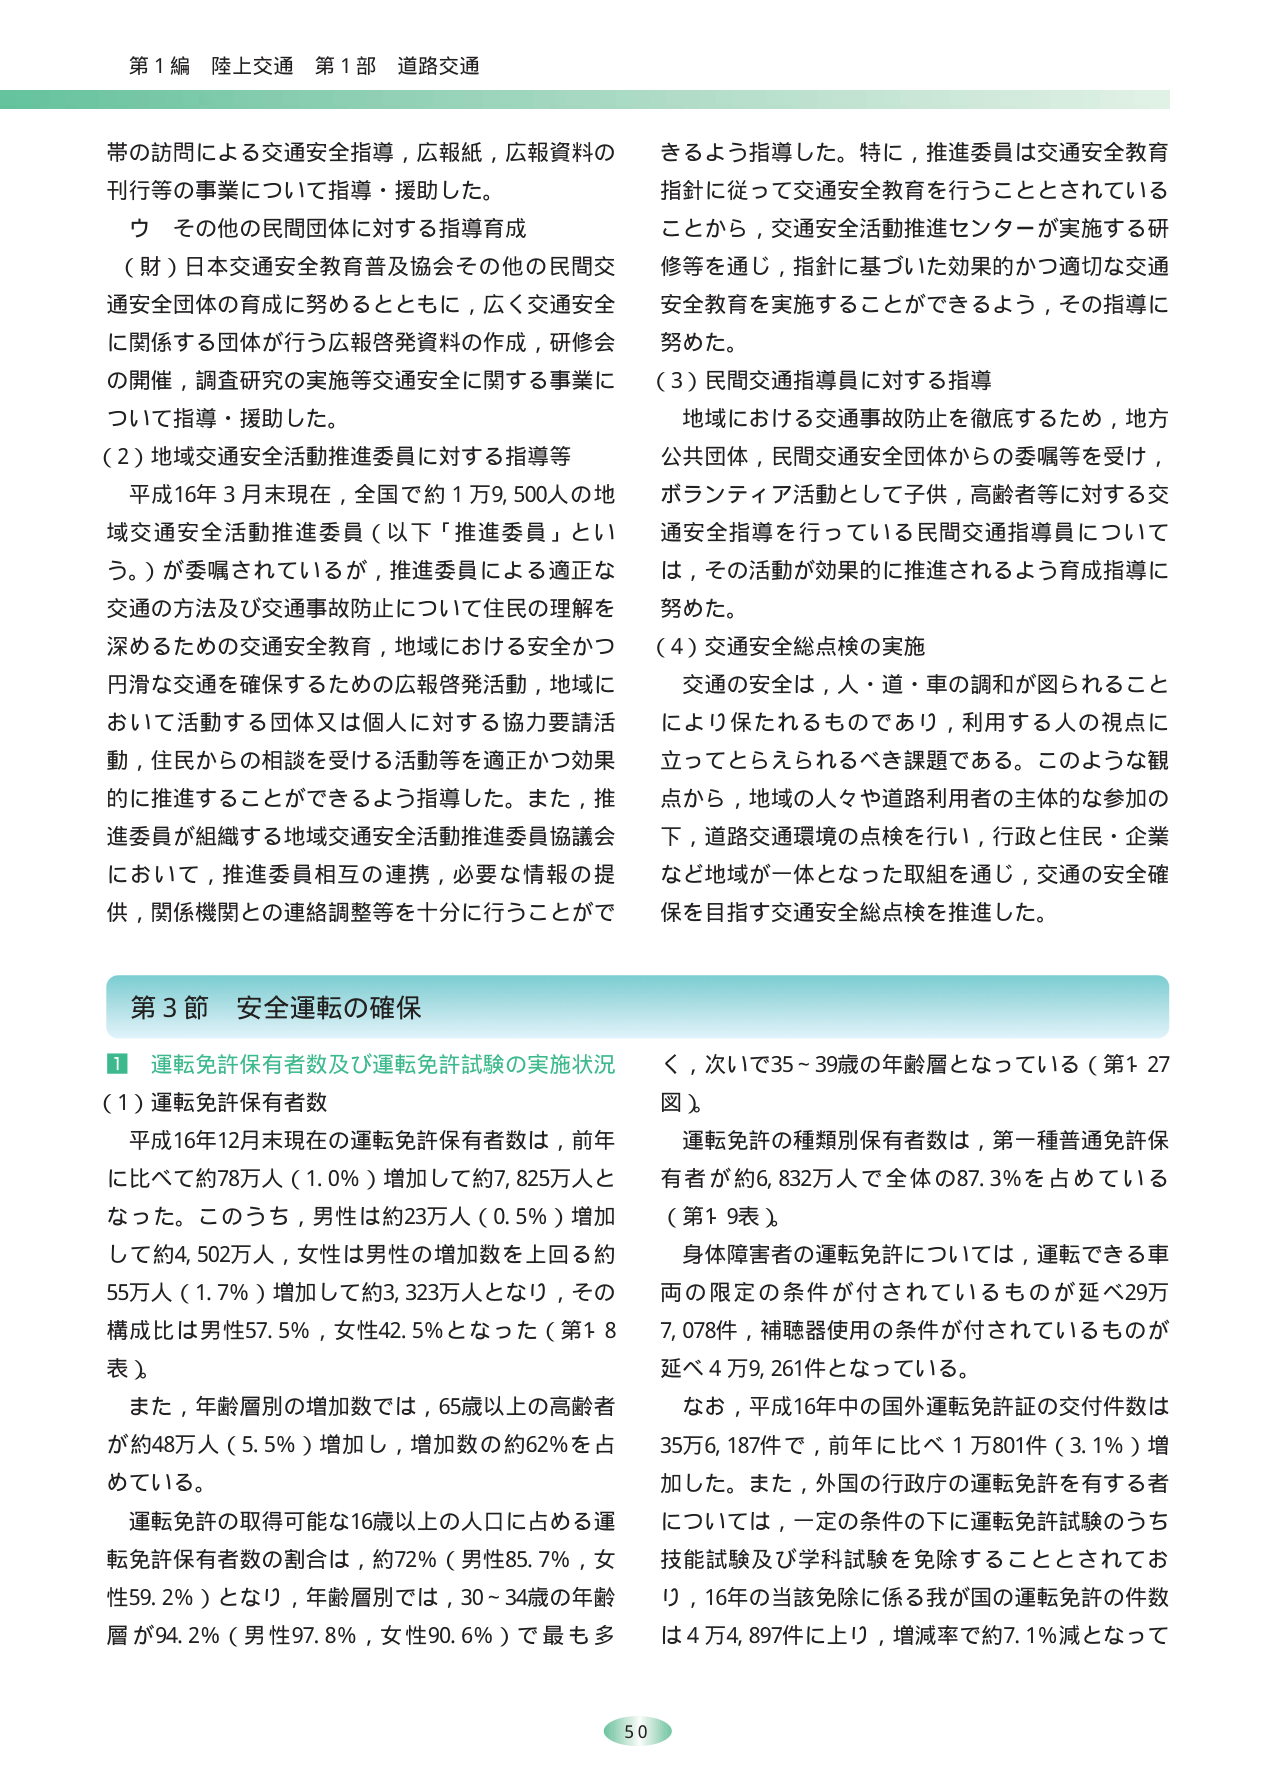
第１編 陸上交通 第１部 道路交通

帯の訪問による交通安全指導，広報紙，広報資料の
刊行等の事業について指導・援助した。
ウ その他の民間団体に対する指導育成
（財）日本交通安全教育普及協会その他の民間交
通安全団体の育成に努めるとともに，広く交通安全
に関係する団体が行う広報啓発資料の作成，研修会
の開催，調査研究の実施等交通安全に関する事業に
ついて指導・援助した。
（2）地域交通安全活動推進委員に対する指導等
平成16年3月末現在，全国で約1万9,500人の地
域交通安全活動推進委員（以下「推進委員」とい
う。）が委嘱されているが，推進委員による適正な
交通の方法及び交通事故防止について住民の理解を
深めるための交通安全教育，地域における安全かつ
円滑な交通を確保するための広報啓発活動，地域に
おいて活動する団体又は個人に対する協力要請活
動，住民からの相談を受ける活動等を適正かつ効果
的に推進することができるよう指導した。また，推
進委員が組織する地域交通安全活動推進委員協議会
において，推進委員相互の連携，必要な情報の提
供，関係機関との連絡調整等を十分に行うことがで

きるよう指導した。特に，推進委員は交通安全教育
指針に従って交通安全教育を行うこととされている
ことから，交通安全活動推進センターが実施する研
修等を通じ，指針に基づいた効果的かつ適切な交通
安全教育を実施することができるよう，その指導に
努めた。
（3）民間交通指導員に対する指導
地域における交通事故防止を徹底するため，地方
公共団体，民間交通安全団体からの委嘱等を受け，
ボランティア活動として子供，高齢者等に対する交
通安全指導を行っている民間交通指導員について
は，その活動が効果的に推進されるよう育成指導に
努めた。
（4）交通安全総点検の実施
交通の安全は，人・道・車の調和が図られること
により保たれるものであり，利用する人の視点に
立ってとらえられるべき課題である。このような観
点から，地域の人々や道路利用者の主体的な参加の
下，道路交通環境の点検を行い，行政と住民・企業
など地域が一体となった取組を通じ，交通の安全確
保を目指す交通安全総点検を推進した。

第3節 安全運転の確保

① 運転免許保有者数及び運転免許試験の実施状況
（1）運転免許保有者数
平成16年12月末現在の運転免許保有者数は，前年
に比べて約78万人（1.0％）増加して約7,825万人と
なった。このうち，男性は約23万人（0.5％）増加
して約4,502万人，女性は男性の増加数を上回る約
55万人（1.7％）増加して約3,323万人となり，その
構成比は男性57.5％，女性42.5％となった（第1-8
表）。
また，年齢層別の増加数では，65歳以上の高齢者
が約48万人（5.5％）増加し，増加数の約62％を占
めている。
運転免許の取得可能な16歳以上的人口に占める運
転免許保有者数の割合は，約72％（男性85.7％，女
性59.2％）となり，年齢層別では，30～34歳の年齢
層が94.2％（男性97.8％，女性90.6％）で最も多
く，次いで35～39歳の年齢層となっている（第1-27
図）。
運転免許の種類別保有者数は，第一種普通免許保
有者が約6,832万人で全体の87.3％を占めている
（第1-9表）。
身体障害者の運転免許については，運転できる車
両の限定の条件が付されているものが延べ29万
7,078件，補聴器使用の条件が付されているものが
延べ4万9,261件となっている。
なお，平成16年中の国外運転免許証の交付件数は
35万6,187件で，前年に比べ1万801件（3.1％）増
加した。また，外国の行政庁の運転免許を有する者
については，一定の条件の下に運転免許試験のうち
技能試験及び学科試験を免除することとされてお
り，16年の当該免除に係る我が国の運転免許の件数
は4万4,897件に上り，増減率で約7.1％減となって

50